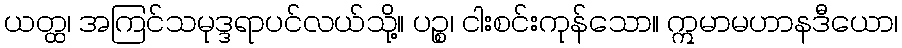
ယတ္ထ၊ အကြင်သမုဒ္ဒရာပင်လယ်သို့။ ပဉ္စ၊ ငါးစင်းကုန်သော။ ဣမာမဟာနဒီယော၊